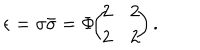
\epsilon = \sigma \bar { \sigma } = \Phi \! \! \left( \! \! \begin{array} { c c } { { 2 } } & { { 2 } } \\ { { 2 } } & { { 2 } } \\ \end{array} \! \! \right) .